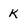
Character: K